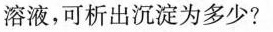
溶液，可析出沉淀为多少?